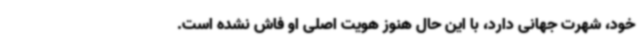
خود، شهرت جهانی دارد، با این حال هنوز هویت اصلی او فاش نشده است.